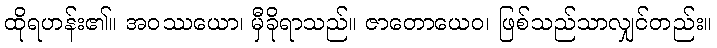
ထိုရဟန်း၏။ အဝဿယော၊ မှီခိုရာသည်။ ဇာတောယေဝ၊ ဖြစ်သည်သာလျှင်တည်း။